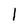
Character: l